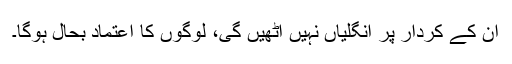
ان کے کردار پر انگلیاں نہیں اٹھیں گی، لوگوں کا اعتماد بحال ہوگا۔